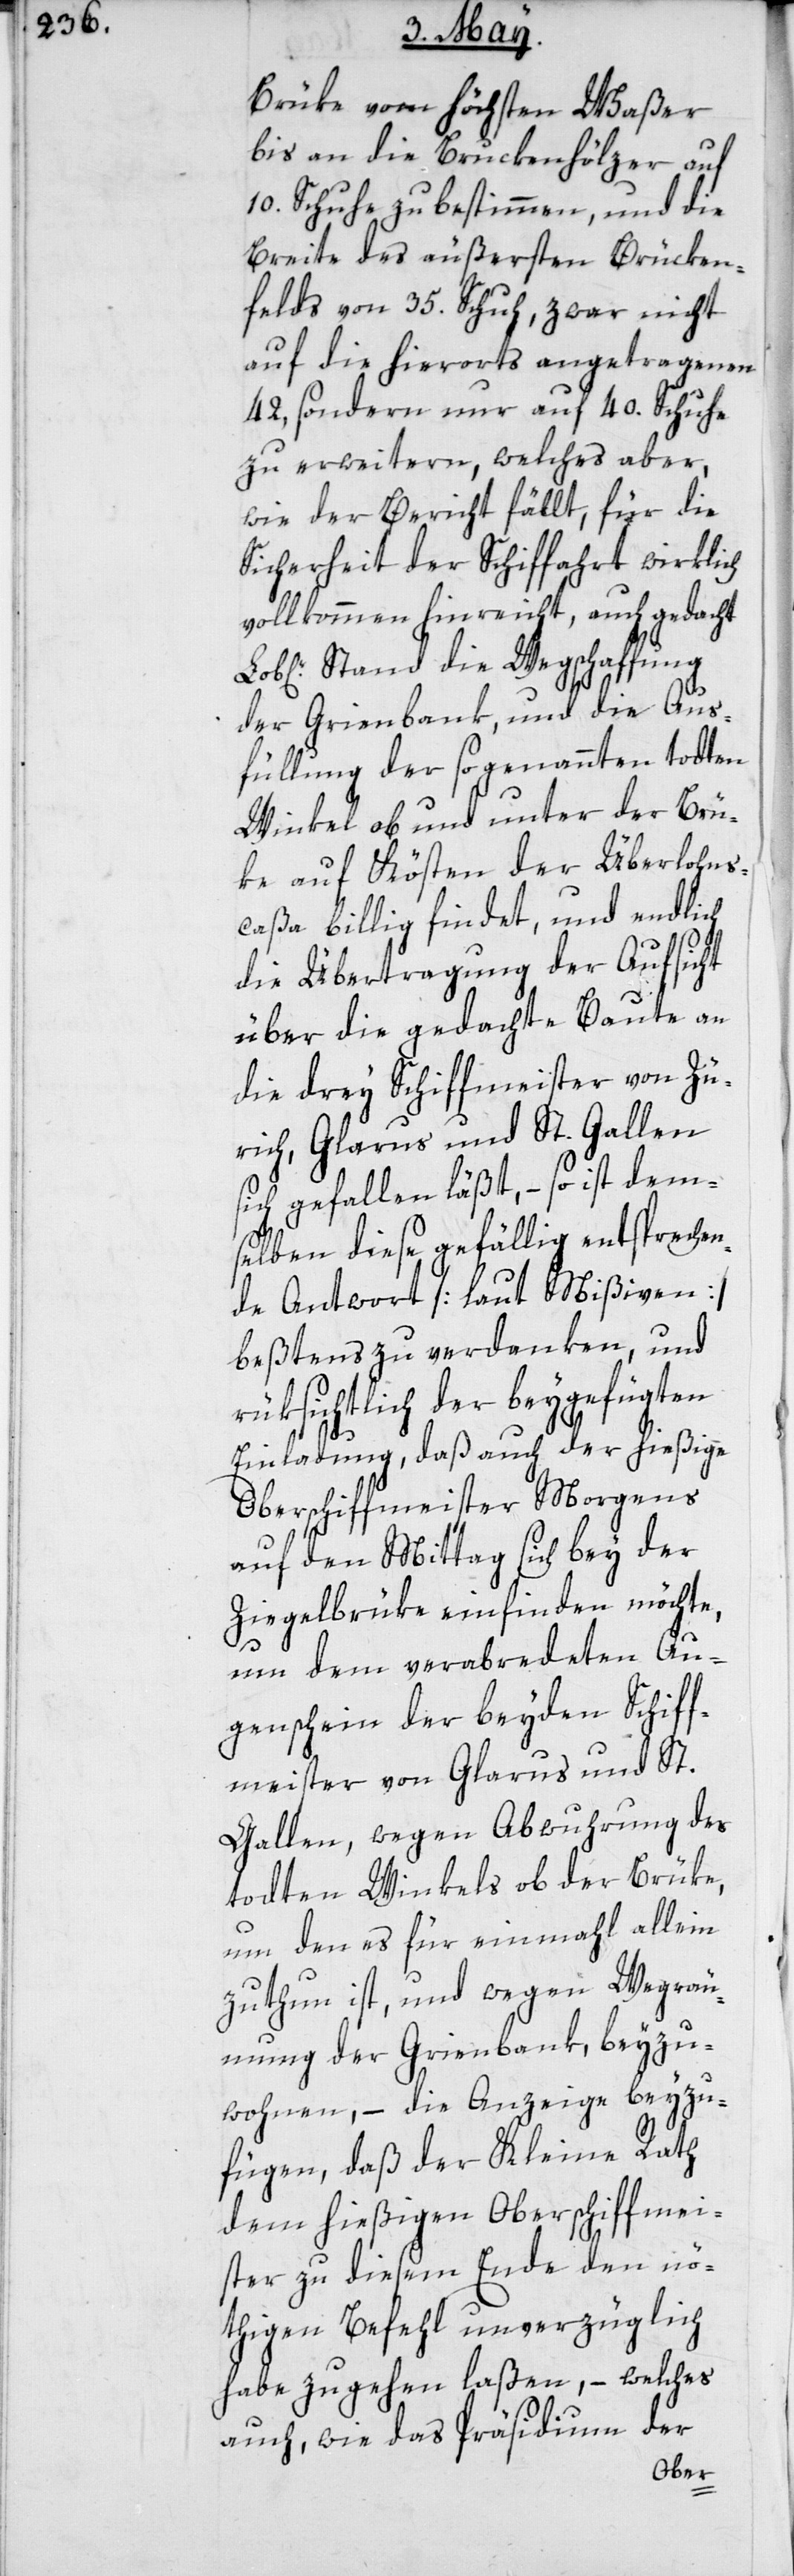
Brüke vom höchsten Waßer
bis an die Bruckenhölzer auf
10. Schuhe zu bestimmen, und die
Breite des äußersten Brücken¬
felds von 35. Schuh, zwar nicht
auf die hierorts angetragenen
42, sondern nur auf 40. Schuhe
zu erweitern, welches aber,
wie der Bericht fällt, für die
Sicherheit der Schiffahrt wirklich
vollkommen hinreicht, auch gedacht
Stand die Wegschaffung
der Grienbank, und die Aus¬
füllung der sogenannten todten
Winkel ob und unter der Brü¬
ke auf Kösten der Überlohns¬
caßa billig findet, und endlich
die Übertragung der Aufsicht
über die gedachte Baute an
die drey Schiffmeister von Zü¬
rich, Glarus und St. Gallen
sich gefallen läßt, – so ist dem¬
selben diese gefällig entspreche¬
nde Antwort [laut Mißiven]
beßtens zu verdanken, und
rüksichtlich der beygefügten
Einladung, daß auch der hießige
Oberschiffmeister Morgens
auf den Mittag sich bey der
Ziegelbrüke einfinden möchte,
um dem verabredeten Au¬
genschein der beyden Schiff¬
meister von Glarus und St.
Gallen, wegen Abwuhrung des
todten Winkels ob der Brüke,
um den es für einmahl allein
zuthun ist, und wegen Wegräu¬
mung der Grienbank, beyzu¬
wohnen, – die Anzeige beyzu¬
fügen, daß der Kleine Rath
dem hießigen Oberschiffmei¬
ster zu diesem Ende den nö¬
thigen Befehl unverzüglich
habe zugehen laßen, – welches
auch, wie das Präsidium der